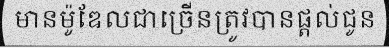
មានម៉ូឌែលជាច្រើនត្រូវបានផ្តល់ជូន